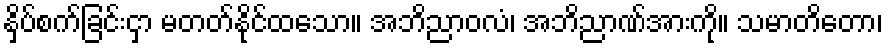
နှိပ်စက်ခြင်းငှာ မတတ်နိုင်ထသော။ အဘိညာဝလံ၊ အဘိညာဏ်အားကို။ သမာတိတော၊